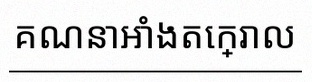
គណនាអាំងតេក្រាល